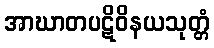
အာဃာတပဋိဝိနယသုတ္တံ